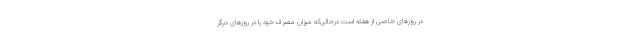
در روزهای خاصی از هفته است درحالی‌که میزان مصرف خود را در روزهای دیگر